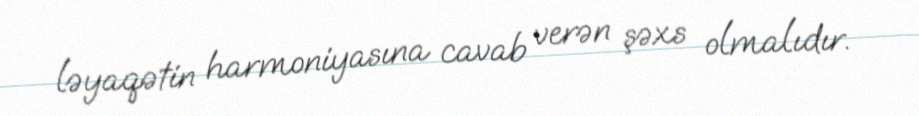
ləyaqətin harmoniyasına cavab verən şəxs olmalıdır.